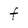
Character: f